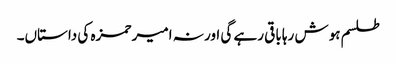
طلسم ہوش رہا باقی رہے گی اور نہ امیر حمزہ کی داستاں۔